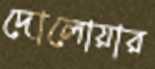
দোলোয়ার